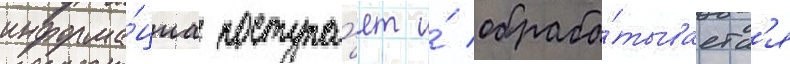
информа́циа поступа́ет и́ обраба́тываетс'я